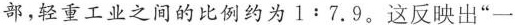
部，轻重工业之间的比例约为l：7.9。这反映出”一